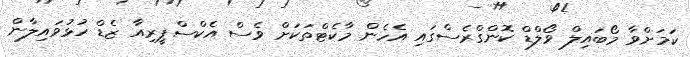
ކަމަށްވާ މޯބައިލް ވޯލްޑް ކޮންގްރެސްގައި އެހެން މާކެޓްތަކަށް ވެސް އެކްސްޕީރިއާ ޒެޑް ހުޅުވައިލާން